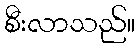
စီးလာသည်။